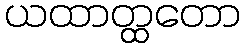
ယထာတ္ထတော